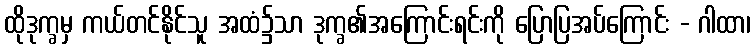
ထိုဒုက္ခမှ ကယ်တင်နိုင်သူ အထံ၌သာ ဒုက္ခ၏အကြောင်းရင်းကို ပြောပြအပ်ကြောင်း - ဂါထာ၊